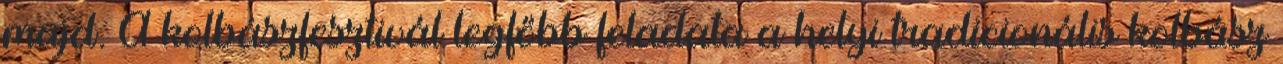
majd. A kolbászfesztivál legfőbb feladata a helyi tradicionális kolbász